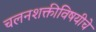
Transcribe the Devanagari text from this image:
चलनशक्तीविषयीचे